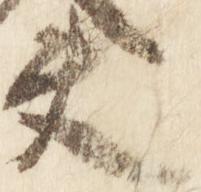
夫